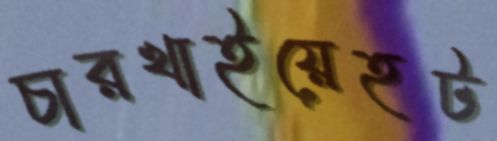
চারখাইয়েহট